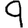
Digit: 9